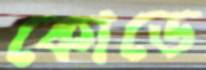
কোডে